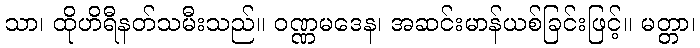
သာ၊ ထိုဟိရီနတ်သမီးသည်။ ဝဏ္ဏမဒေန၊ အဆင်းမာန်ယစ်ခြင်းဖြင့်။ မတ္တာ၊